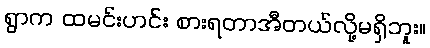
ရွာက ထမင်းဟင်း စားရတာအီတယ်လို့မရှိဘူး။